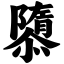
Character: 隳